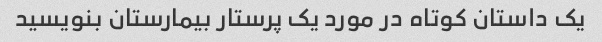
یک داستان کوتاه در مورد یک پرستار بیمارستان بنویسید